Leaving Certificate Examination, 1913
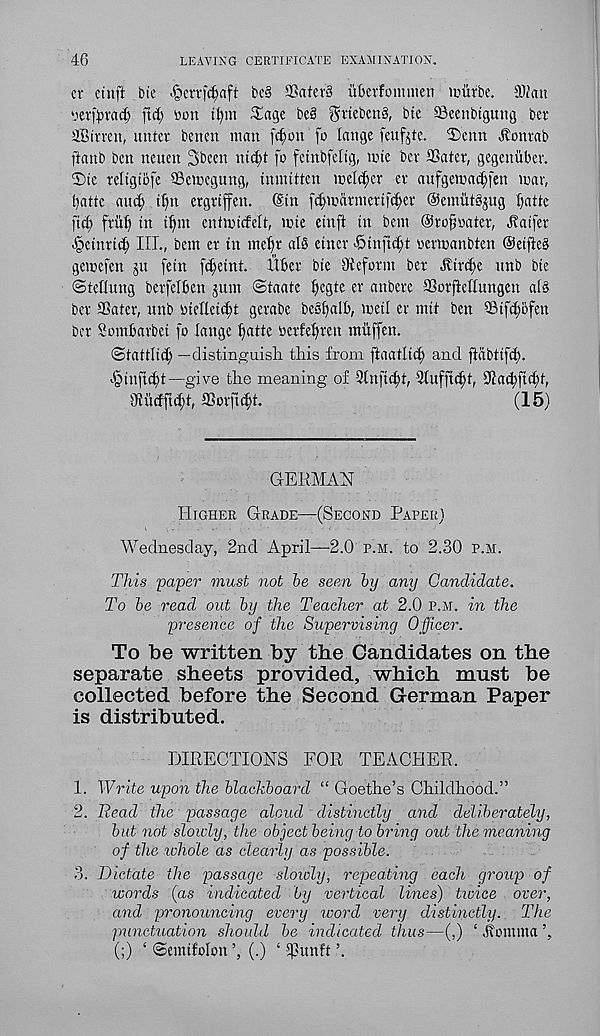
46
LEAVING CERTIFICATE EXAMINATION.
cv einft bie ^errf^aft be§ SafevS ubevfommen nuirbe. iDiau
'.'ev^rad) fid; bon tf)m ^age be§ grtebcnS, bte Secnbtgmtg Dev
aBintn, unter beam man fdjott fo lange feuf^te. 5)cnn .flonvab
ftanb ben neuen 3been nid;t fo fetnbfeltg, mie bev ffiater, gegenitber.
®te teltgiofe ©emcgung, innutten timber ev aufgcmadtfen mar,
batte and) tfm ergrtffen. (Sin fd^mdrmertfcfter @emut§jug fattc
fid) frlib in if)in entmirfeft, line etnft in bent ©rofoater, Jlaifer
^cinrtd; III., bem er in me^r al§ etnev ^tnftd;t oermanbten @etfte§
gemefen ju fern fdjetnt. itber bte dteform ber ,fttr$e nnb bte
©teflung berfelben ,511111 ©taatc ftegte ev anbcve SSovfiettungen al3
bev SSatev, nnb utelleidd gevabc be§f)alb, met! ev mtt ben 5Stfd)6fen
bev Sombavbet fo lange fatte oevfefven muffen.
©tattlid; — distinguisli this from ftaatlic^ and ftabtifd).
■§infid)t—give the meaning of 2lnjM)t, 3fufftd;t, s Jiad)fid)t,
9iudftd)t, fflovftd;t.
(15)
GERMAN
Higher Grade—(Second Paper)
Wednesday, 2nd April—2.0 p.m. to 2.30 p.m.
This paper must not he seen by any Candidate.
To he read out hy the Teacher at 2.0 p.m. in the
presence of the Supervising Officer.
To be written by the Candidates on the
separate sheets provided, which must be
collected before the Second German Paper
is distributed.
DIRECTIONS FOR TEACHER.
1. Write upon the blackboard “ Goethe’s Childhood.”
2. Read the passage aloud distinctly and deliberately,
hut not slowly, the object being to bring out the meaning
of the whole as clearly as possible.
3. Dictate the passage slowly, repeating each group of
words (as indicated by vertical lines) ticice over,
and pronouncing every ivord very distinctly. The
punctuation should he indicated thus—(,) ‘ jfontina
(;) ‘ ©etntfolon (.) ‘ Tunft ’.